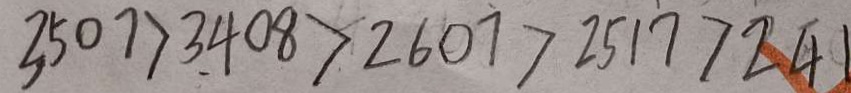
3 5 0 7 > 3 4 0 8 > 2 6 0 7 > 2 5 1 7 > 2 4 1